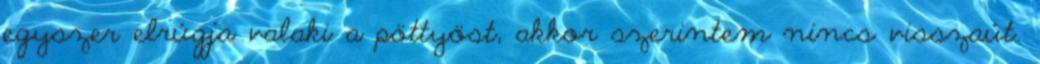
egyszer elrúgja valaki a pöttyöst, akkor szerintem nincs visszaút.